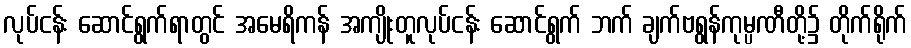
လုပ်ငန်း ဆောင်ရွက်ရာတွင် အမေရိကန် အကျိုးတူလုပ်ငန်း ဆောင်ရွက် ဘက် ချက်ဗရွန်ကုမ္ပဏီတို့၌ တိုက်ရိုက်